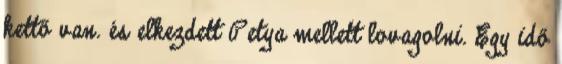
kettő van. és elkezdett Petya mellett lovagolni. Egy idő